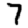
Digit: 7